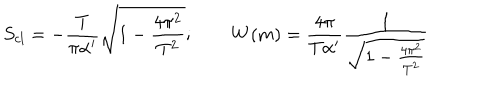
S _ { c l } = - \frac { T } { \pi \alpha ^ { \prime } } { \sqrt { 1 - \frac { 4 \pi ^ { 2 } } { T ^ { 2 } } } } ; \qquad W ( m ) = \frac { 4 \pi } { T \alpha ^ { \prime } } \frac { 1 } { \sqrt { 1 - \frac { 4 \pi ^ { 2 } } { T ^ { 2 } } } }